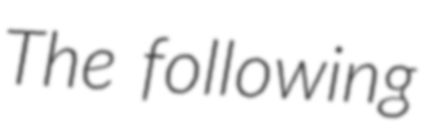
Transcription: The following